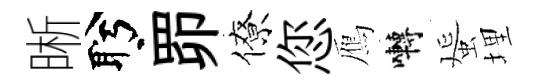
晰盻𦊑僚您鴈囀蜑埋